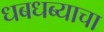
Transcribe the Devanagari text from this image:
धबधब्याचा